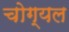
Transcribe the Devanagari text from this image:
चोग्यल